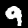
Digit: 9